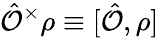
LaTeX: \hat{\mathcal{O}}^{\times}\rho\equiv[\hat{\mathcal{O}},\rho]